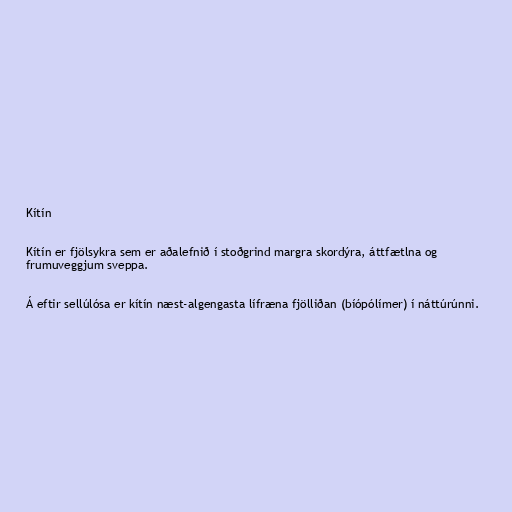
Kítín

Kítín er fjölsykra sem er aðalefnið í stoðgrind margra skordýra, áttfætlna og
frumuveggjum sveppa.

Á eftir sellúlósa er kítín næst-algengasta lífræna fjölliðan (bíópólímer) í náttúrúnni.